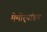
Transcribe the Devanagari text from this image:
मेमोर्‍यांडम